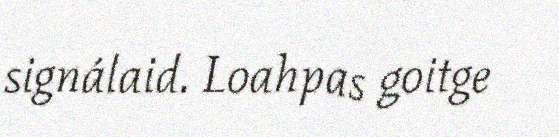
signálaid. Loahpas goitge